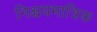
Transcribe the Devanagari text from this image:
निश्चयमात्रिक